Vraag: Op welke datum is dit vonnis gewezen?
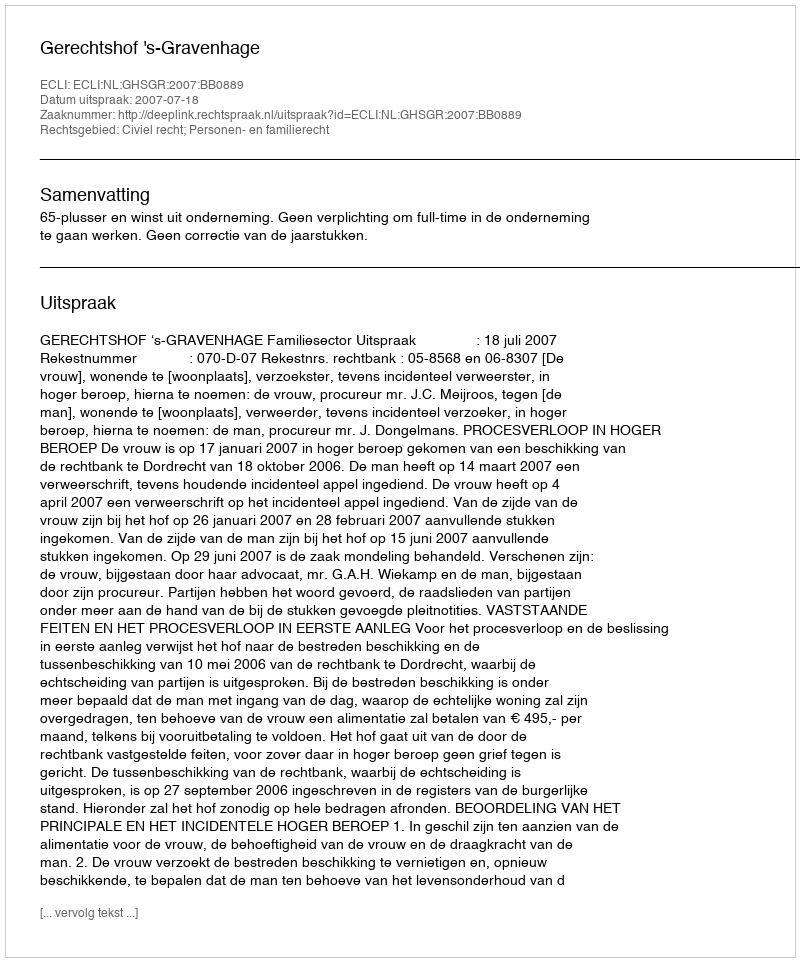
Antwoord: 2007-07-18